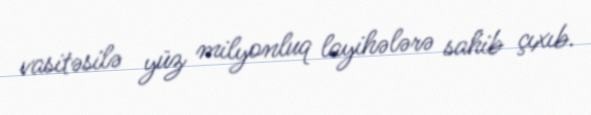
vasitəsilə yüz milyonluq layihələrə sahib çıxıb.